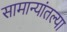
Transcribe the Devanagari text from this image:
सामान्यांतल्या